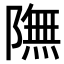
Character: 𨼊